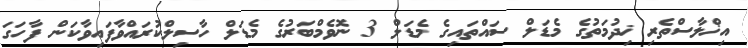
އިޚްލާސްތެރި ޚިދުމަތުގެ މެޑަލް ސައްތައިގެ މެޑަލް 3 ނޮވެމްބަރުގެ މެޑަލް ހާސިލްކުރައްވާފައިވާކަން ފާހަގަ